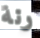
رنة